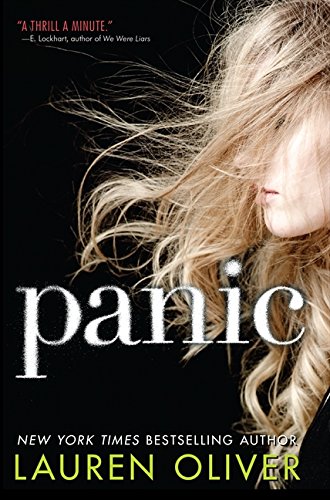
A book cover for Panic; Lauren Oliver; Teen & Young Adult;